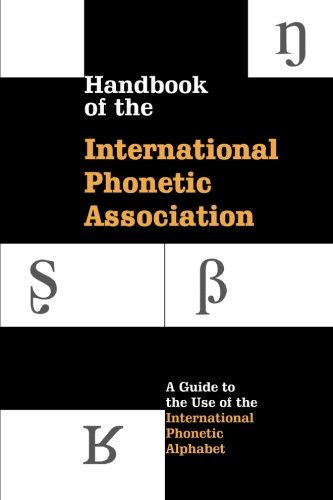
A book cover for Handbook of the International Phonetic Association: A Guide to the Use of the International Phonetic Alphabet; International Phonetic Association; Reference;